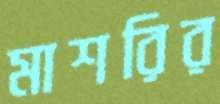
মাশরির